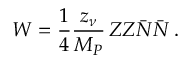
W = \frac { 1 } { 4 } \frac { z _ { \nu } } { M _ { P } } \, Z Z \bar { N } \bar { N } \, .